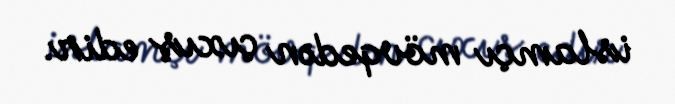
islamçı mövqedən çıxış edir.